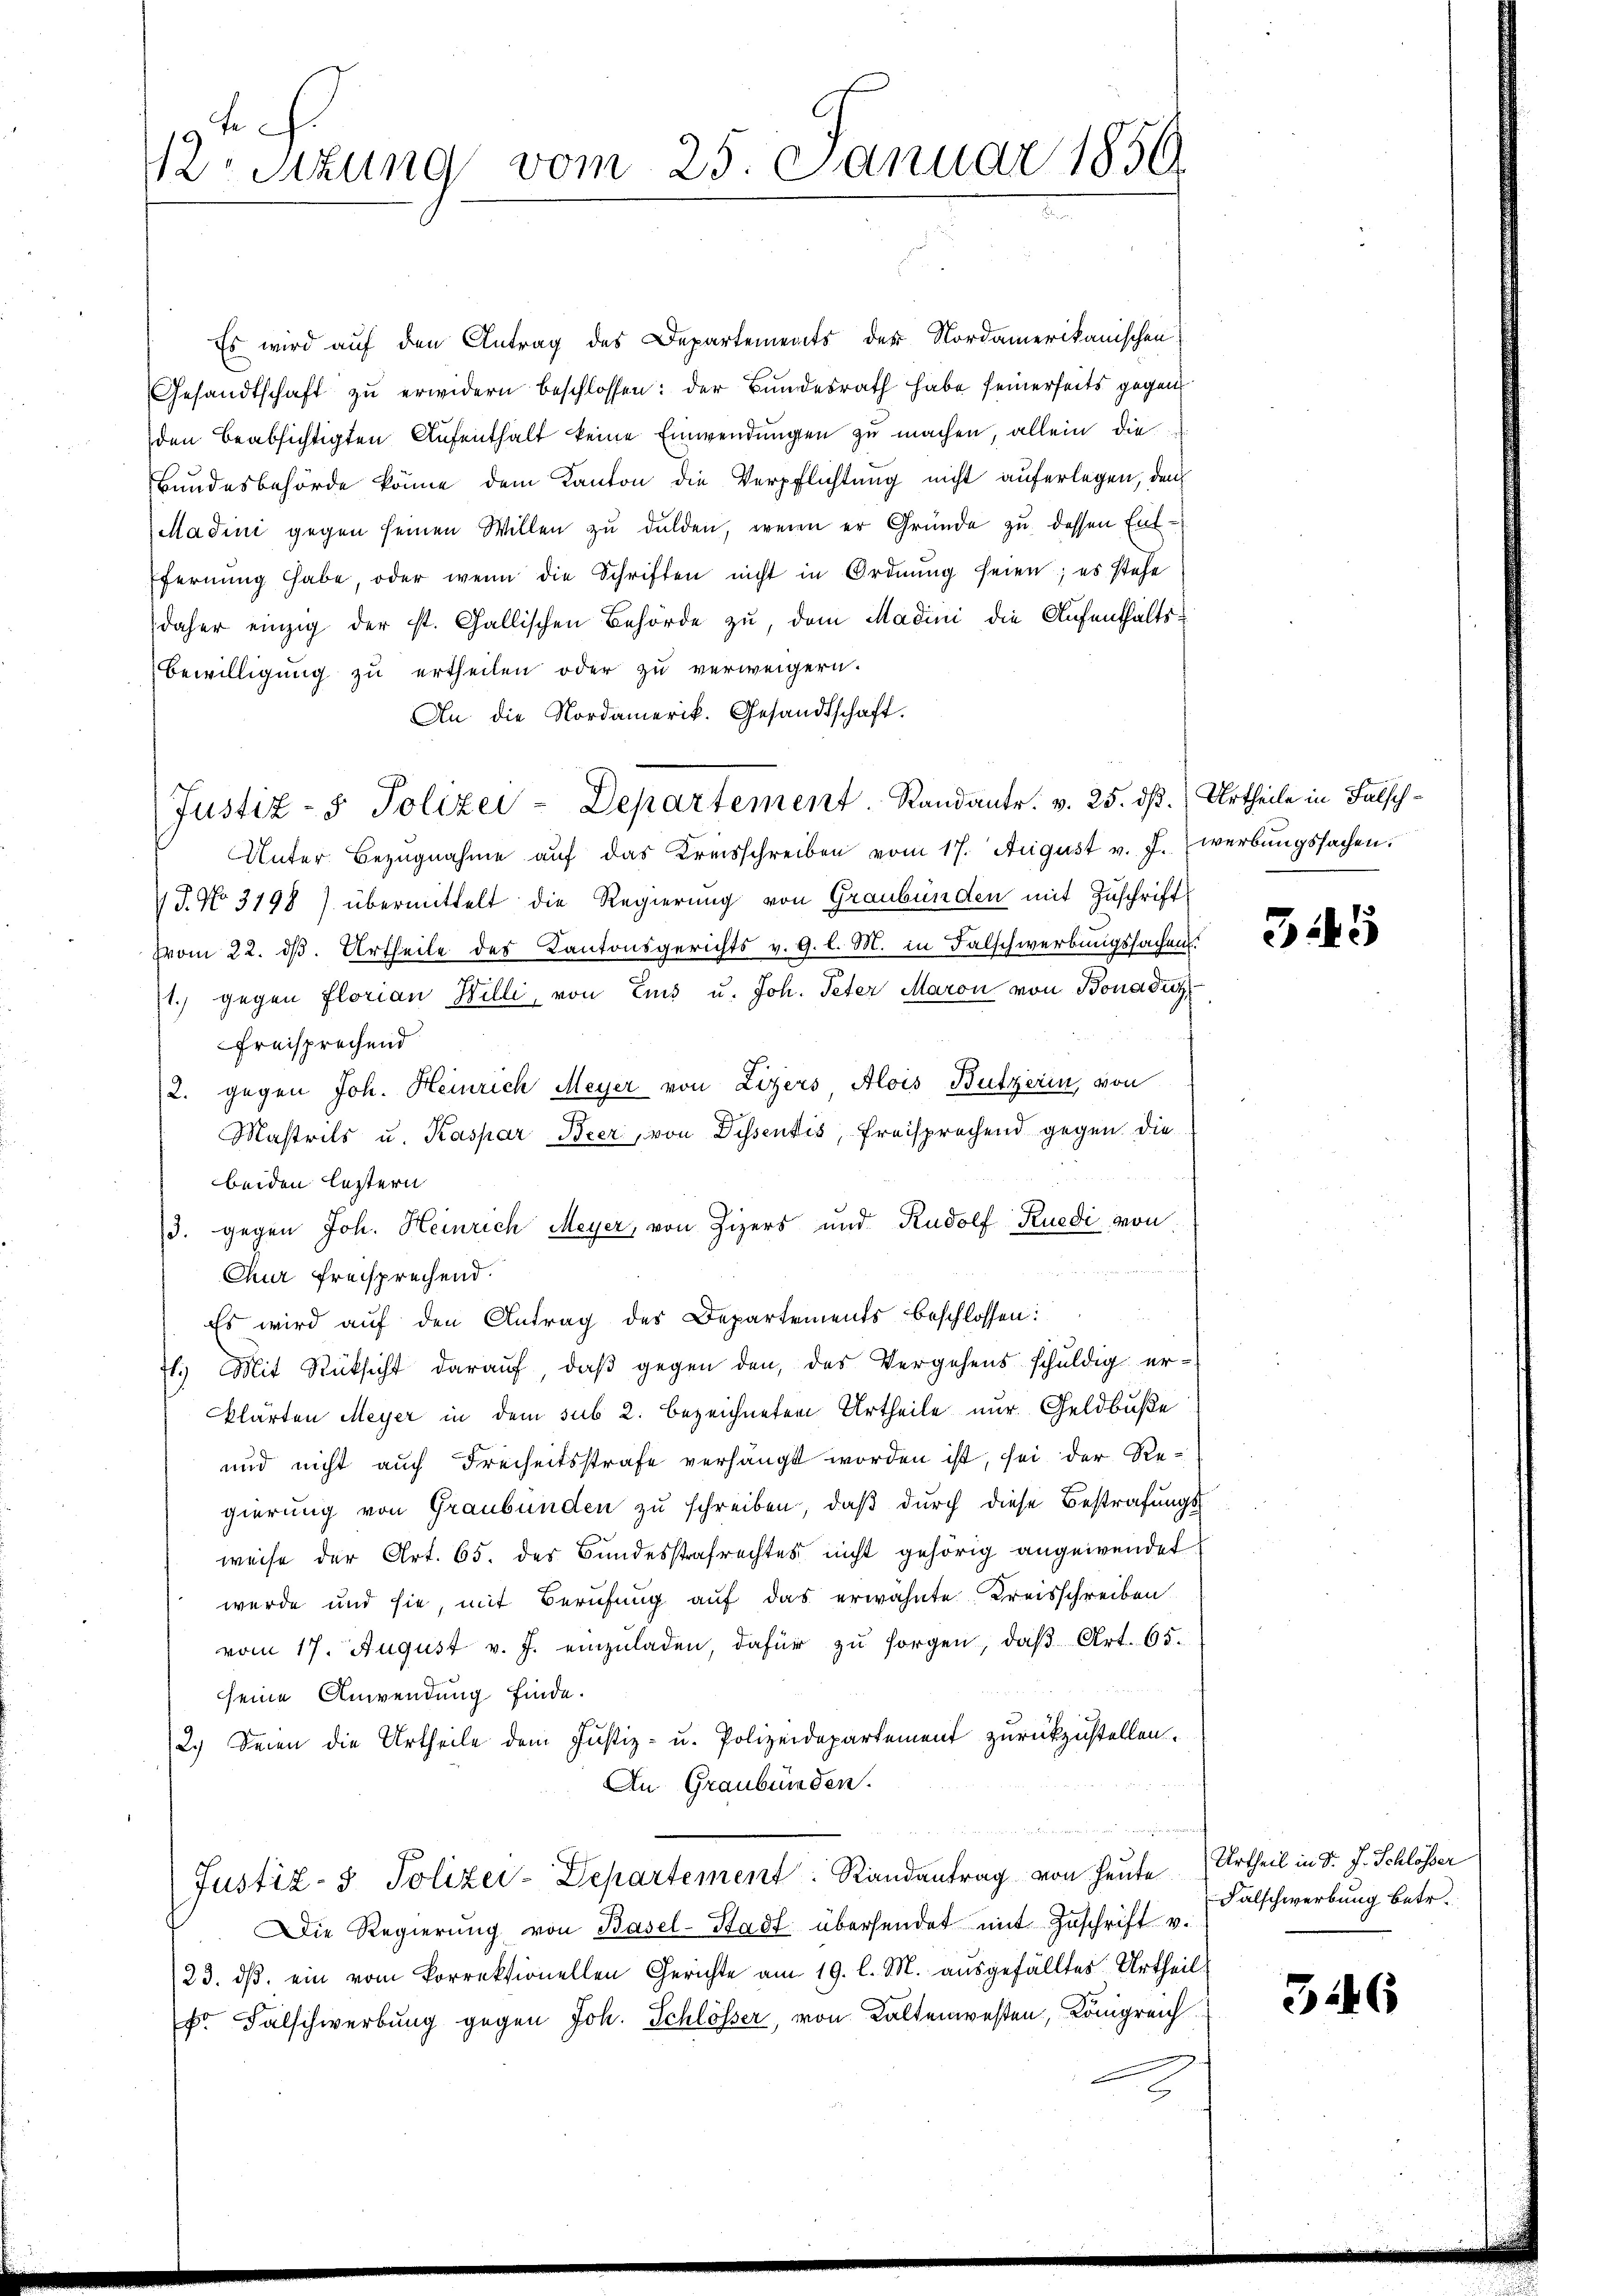
sizung vom 25. Januar 1859.

Es wird auf den Antrag des Departements der Nordamerikanischen
Gesandtschaft zu erwidern beschlossen: der Bundesrath habe seinerseits gegen
den beabsichtigten Aufenthalt keine Einwendungen zu machen, allein die
Bundesbehörde könne dem Kanton die Verpflichtung nicht auferlegen, den
Madini gegen seinen Willen zu dulden, wenn er Gründe zu dessen Entfernŭng habe, oder wenn die Schriften nicht in Ordnŭng seien; es stehe
daher einzig der st. Gallischen Behörde zu, dem Madini die Aufenthalts¬
Bewilligung zu ertheilen oder zu verweigern.
An die Nordamerik. Gesandtschaft.
Justiz- & Polizei-Departement. Randantr. v. 25. dß.) Urtheile in Falsch¬
Unter Bezŭgnahme aŭf das Kreisschreiben vom 17. August v. J. werbŭngssachen.
V J. No 3198) übermittelt die Regierung von Graubünden mit Zuschrift
Vom 22. d. Urtheile des Kantonsgerichts v. 9. l. M. in Falschwerbungssachen.
1.) gegen Florian Willi, von Eins u. Joh. Peter Maron von Bonaduz
freisprechend
2. gegen Joh. Heinrich Meyer von Lizers Alois Butzerin, von
Mastrils u. Kaspar Beer, von Dissentis, Freisprachend gegen die
beiden letztern
3. gegen Joh. Heinrich Meyer, von Zizers und Rudolf Ruedi von
Chur freisprechend.
Es wird auf den Antrag des Departements beschlossen:
7l. Mit Rücksicht darauf, daβ gegen den, das Vergehens schuldig er-
klärten Meyer in dem sub 2. bezeichneten Urtheile nur Geldbuße
und nicht auch Freiheitsstrafe verhängt worden ist, sei der Regierung von Graubünden zu schreiben, daß durch diese Bestrafungsweise der Art. 65. der Bundesstrafrechtes nicht gehörig angewendet
wurde und sie, mit Berufung auf das erwähnte Kreisschreiben
vom 17. August v. J. einzŭladen, dafür zŭ sorgen, daβ Art. 65.
seine Anwendung finde.
2.) Seien die Urtheile dem Justiz- u. Polizeidepartement zurückzustellen.
An Graubünden.
Justiz- & Polizei-Departement: Randantrag von heute Urtheil in d. J. Schlösser
Die Regierŭng von Basel-Stadt übersendet mit Zuschrift v.
23. dβ ein vom Vorrektionellen Gerichte am 19. l. M. aŭsgefälltes Urtheil
r Falschwerbung gegen Joh. Schlösser, von Kaltenwesten, Königreich

3145

Falschwerbung betr.

346